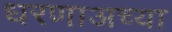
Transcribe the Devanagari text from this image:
धरणाअच्या